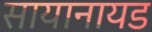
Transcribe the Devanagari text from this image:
सायानायड